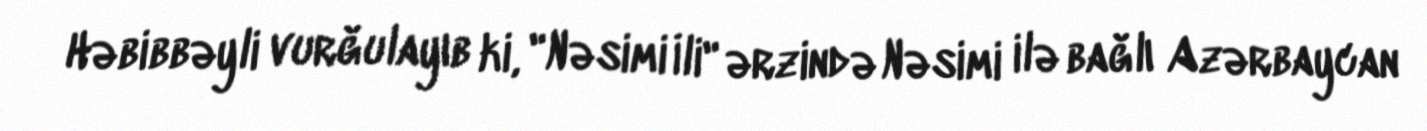
Həbibbəyli vurğulayıb ki, "Nəsimi İli" ərzində Nəsimi ilə bağlı Azərbaycan